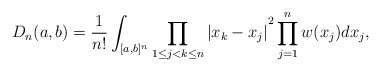
\begin{align*}D_n(a,b)=\frac{1}{n!}\int_{[a,b]^{n}}{\prod\limits_{1\leq j<k\leq n}|x_{k}-x_{j}|}^{2}\prod\limits^{n}_{j=1}w(x_j)dx_{j},\end{align*}